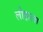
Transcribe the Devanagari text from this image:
लोहाला